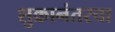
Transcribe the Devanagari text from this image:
शुक्रानंतरचा